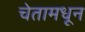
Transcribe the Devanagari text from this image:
चेतामधून